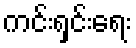
ကင်းရှင်းရေး